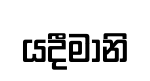
යදීමානි